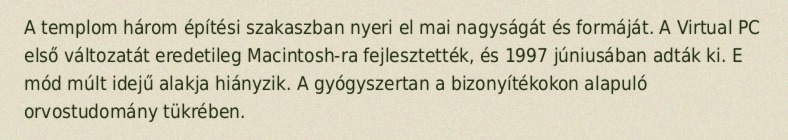
A templom három építési szakaszban nyeri el mai nagyságát és formáját. A Virtual PC első változatát eredetileg Macintosh-ra fejlesztették, és 1997 júniusában adták ki. E mód múlt idejű alakja hiányzik. A gyógyszertan a bizonyítékokon alapuló orvostudomány tükrében.